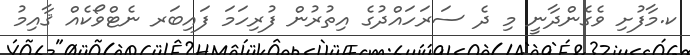
ކ.މާފުށި ވެގެންދާނީ މި ދެ ސަރަހައްދުގެ އިތުރުން ފުރިހަމަ ފައިބަރ ނެޓްވޯކެއް ޤާއިމު